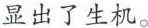
显出了生机。